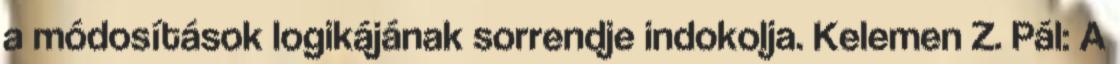
a módosítások logikájának sorrendje indokolja. Kelemen Z. Pál: A